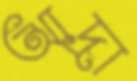
আদ্রা